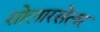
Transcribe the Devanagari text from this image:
सोलारसेलर